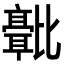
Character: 𬆻